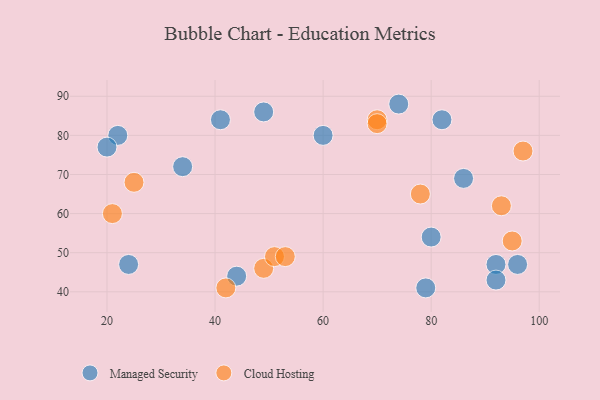
{"axis": {"x": "GDP", "y": "Life Expectancy"}, "legend": ["Cloud Hosting", "Managed Security"], "data": [{"x": "92", "y": 47, "type": "Managed Security"}, {"x": "34", "y": 72, "type": "Managed Security"}, {"x": "60", "y": 80, "type": "Managed Security"}, {"x": "41", "y": 84, "type": "Managed Security"}, {"x": "82", "y": 84, "type": "Managed Security"}, {"x": "74", "y": 88, "type": "Managed Security"}, {"x": "79", "y": 41, "type": "Managed Security"}, {"x": "22", "y": 80, "type": "Managed Security"}, {"x": "96", "y": 47, "type": "Managed Security"}, {"x": "49", "y": 86, "type": "Managed Security"}, {"x": "92", "y": 43, "type": "Managed Security"}, {"x": "44", "y": 44, "type": "Managed Security"}, {"x": "86", "y": 69, "type": "Managed Security"}, {"x": "20", "y": 77, "type": "Managed Security"}, {"x": "24", "y": 47, "type": "Managed Security"}, {"x": "80", "y": 54, "type": "Managed Security"}, {"x": "97", "y": 76, "type": "Cloud Hosting"}, {"x": "49", "y": 46, "type": "Cloud Hosting"}, {"x": "78", "y": 65, "type": "Cloud Hosting"}, {"x": "70", "y": 84, "type": "Cloud Hosting"}, {"x": "51", "y": 49, "type": "Cloud Hosting"}, {"x": "70", "y": 83, "type": "Cloud Hosting"}, {"x": "95", "y": 53, "type": "Cloud Hosting"}, {"x": "93", "y": 62, "type": "Cloud Hosting"}, {"x": "53", "y": 49, "type": "Cloud Hosting"}, {"x": "42", "y": 41, "type": "Cloud Hosting"}, {"x": "25", "y": 68, "type": "Cloud Hosting"}, {"x": "21", "y": 60, "type": "Cloud Hosting"}]}